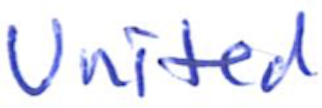
Text: United
Cross-out: clean
Writing tool: ballpoint